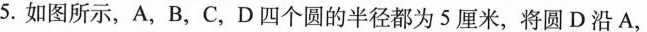
5. 如图所示，A，B，C，D四个圆的半径都为5厘米，将圆D沿A，